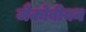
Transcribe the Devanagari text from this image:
जैकोबीयन